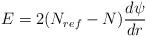
LaTeX: \begin{align*}E = 2(N_{ref} - N) \frac{d \psi}{dr} \end{align*}